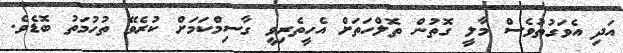
އަދި އެވަގުތުވެސް މާލީ ގޮތުން ތޮލްހަތަށް އެހީތެރިވީ ގާސިމްކަމަށް ކުރެވޭ ތުހުމަތު ބޮޑެވެ.